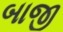
બાજી